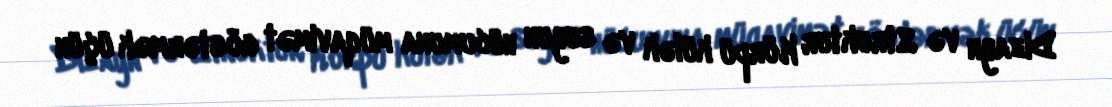
Dizayn və Struktur Körpü külək və suyun hücumuna müqavimət göstərmək üçün